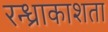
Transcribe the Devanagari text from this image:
रन्ध्राकाशता